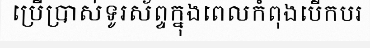
ប្រើប្រាស់ទូរស័ព្ទក្នុងពេលកំពុងបើកបរ